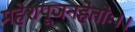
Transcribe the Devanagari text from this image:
महेशपूजनहेतोः।।